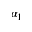
\alpha _ { 1 }